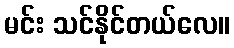
မင်း သင်နိုင်တယ်လေ။